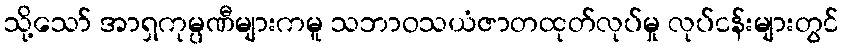
သို့သော် အာရှကုမ္ပဏီများကမူ သဘာဝသယံဇာတထုတ်လုပ်မှု လုပ်ငန်းများတွင်